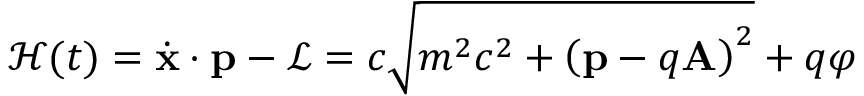
{ \mathcal { H } } ( t ) = { \dot { \mathbf { x } } } \cdot \mathbf { p } - { \mathcal { L } } = c { \sqrt { m ^ { 2 } c ^ { 2 } + { \left( \mathbf { p } - q \mathbf { A } \right) } ^ { 2 } } } + q \varphi